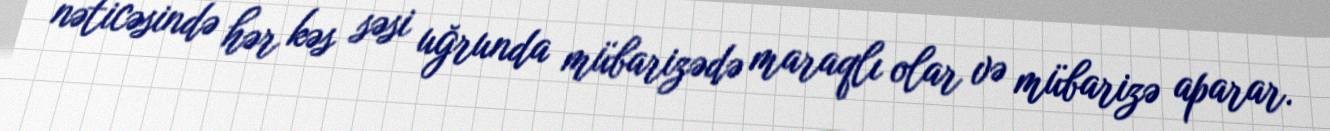
nəticəsində hər kəs səsi uğrunda mübarizədə maraqlı olar və mübarizə aparar.